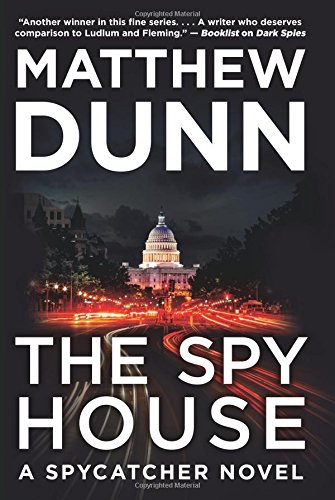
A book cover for The Spy House: A Spycatcher Novel; Matthew Dunn; Mystery, Thriller & Suspense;